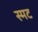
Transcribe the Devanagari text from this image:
स्मट